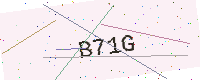
Text: B71G